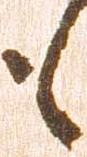
も